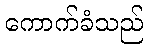
ကောက်ခံသည်